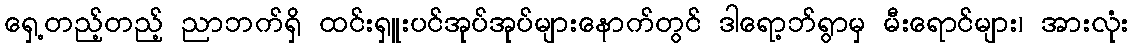
ရှေ့တည့်တည့် ညာဘက်ရှိ ထင်းရှူးပင်အုပ်အုပ်များနောက်တွင် ဒါရော့ဘ်ရွာမှ မီးရောင်များ၊ အားလုံး